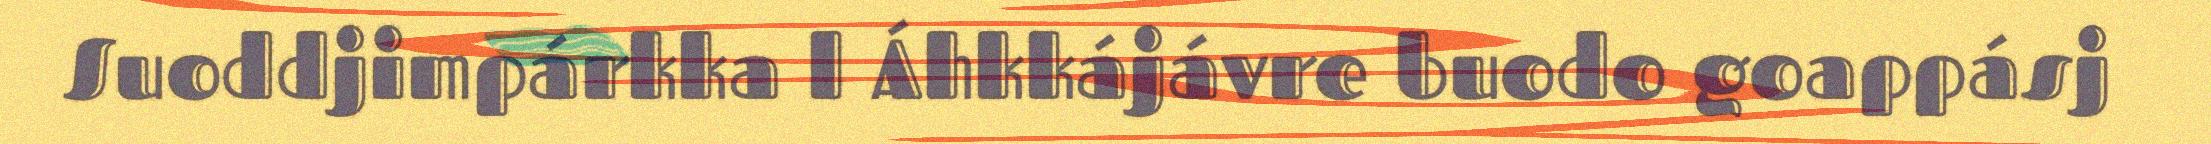
Suoddjimpárkka l Áhkkájávre buodo goappásj